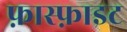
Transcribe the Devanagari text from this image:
फ़ास्फ़ाइट